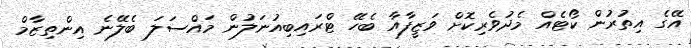
އޭގެ އިތުރުން ކޯޓެއް މެދުވެރިކޮށް ވަޒީފާއާ ބެހޭ ޓްރައިބިއުނަލުން މައްސަލަ ބެލޭނެ އިންތިޒާމް